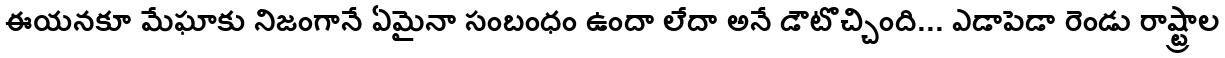
ఈయనకూ మేఘాకు నిజంగానే ఏమైనా సంబంధం ఉందా లేదా అనే డౌటొచ్చింది... ఎడాపెడా రెండు రాష్ట్రాల